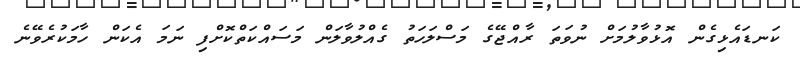
ކަނޑައެޅިގެން އޮޅުވާލުމަށް ނުވަތަ ރާއްޖޭގެ މަސްލަހަތު ގެއްލުވާލަން މަސައްކަތްކޮށްފި ނަމަ އެކަން ހާމަކުރެވޭނެ